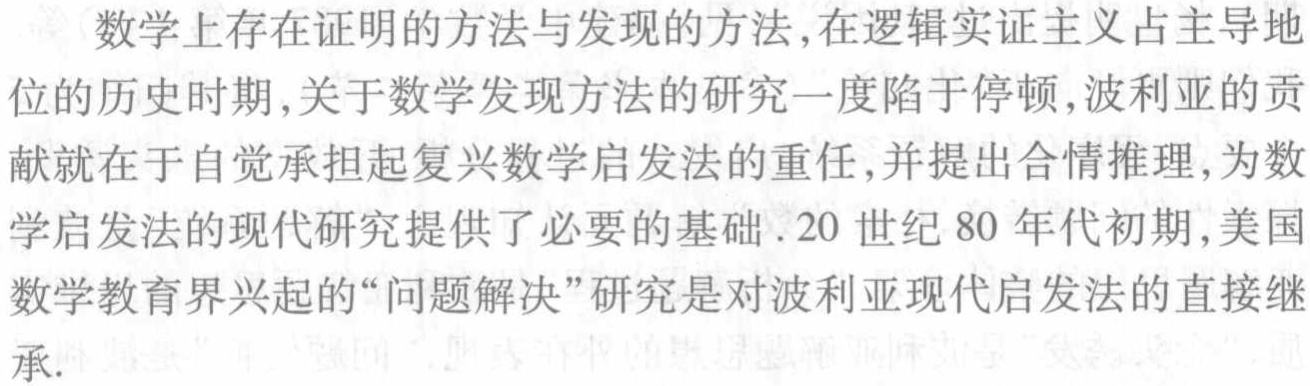
数学上存在证明的方法与发现的方法,在逻辑实证主义占主导地
位的历史时期,关于数学发现方法的研究一度陷于停顿,波利亚的贡
献就在于自觉承担起复兴数学启发法的重任,并提出合情推理,为数
学启发法的现代研究提供了必要的基础.20世纪80年代初期,美国
数学教育界兴起的“问题解决”研究是对波利亚现代启发法的直接继
承.